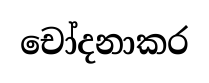
චෝදනාකර